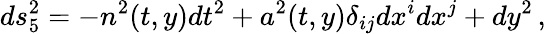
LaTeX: ds_{5}^{2}=-n^{2}(t,y)dt^{2}+a^{2}(t,y)\delta_{ij}dx^{i}dx^{j}+dy^{2}\, ,